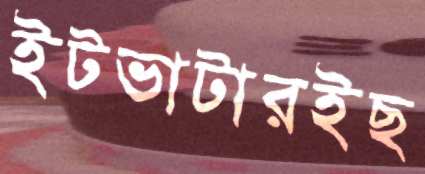
ইটভাটারইছ